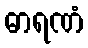
ဓာရဏံ